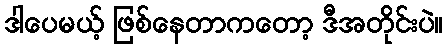
ဒါပေမယ့် ဖြစ်နေတာကတော့ ဒီအတိုင်းပဲ။